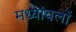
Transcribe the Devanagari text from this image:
मध्यांचलों